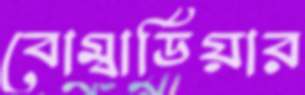
বোম্বার্ডিয়ার